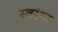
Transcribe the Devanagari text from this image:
स्वरंगा